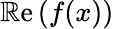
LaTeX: \operatorname{\mathbb{R}e}{(f(x))}